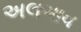
અલગાવ